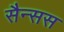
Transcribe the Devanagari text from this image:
सैन्सस